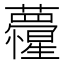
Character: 𮓏